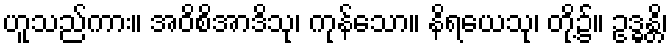
ဟူသည်ကား။ အဝိစိအာဒိသု၊ ကုန်သော။ နိရယေသု၊ တို့၌။ ဥဒ္ဓန္တိ၊